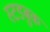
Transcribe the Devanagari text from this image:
स्टडबुक